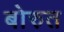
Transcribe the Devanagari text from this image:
बोरुत